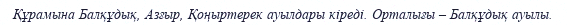
Құрамына Балқұдық, Азғыр, Қоңыртерек ауылдары кіреді. Орталығы – Балқұдық ауылы.